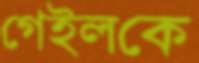
গেইলকে